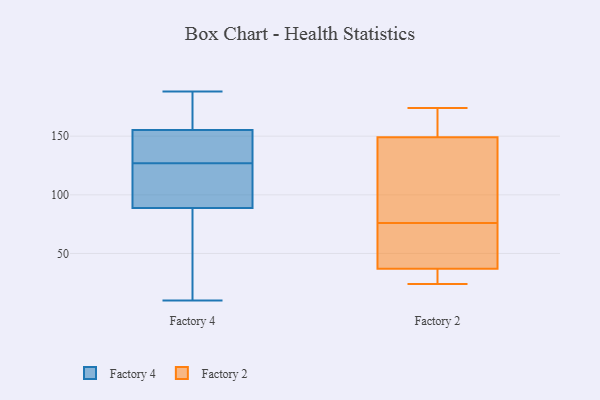
{"axis": {"x": "Production Output", "y": "Value"}, "legend": ["Factory 2", "Factory 4"], "data": [{"x": "", "y": 10, "type": "Factory 4"}, {"x": "", "y": 180, "type": "Factory 4"}, {"x": "", "y": 127, "type": "Factory 4"}, {"x": "", "y": 143, "type": "Factory 4"}, {"x": "", "y": 162, "type": "Factory 4"}, {"x": "", "y": 14, "type": "Factory 4"}, {"x": "", "y": 174, "type": "Factory 4"}, {"x": "", "y": 140, "type": "Factory 4"}, {"x": "", "y": 188, "type": "Factory 4"}, {"x": "", "y": 98, "type": "Factory 4"}, {"x": "", "y": 153, "type": "Factory 4"}, {"x": "", "y": 29, "type": "Factory 4"}, {"x": "", "y": 150, "type": "Factory 4"}, {"x": "", "y": 67, "type": "Factory 4"}, {"x": "", "y": 112, "type": "Factory 4"}, {"x": "", "y": 126, "type": "Factory 4"}, {"x": "", "y": 96, "type": "Factory 4"}, {"x": "", "y": 93, "type": "Factory 2"}, {"x": "", "y": 76, "type": "Factory 2"}, {"x": "", "y": 35, "type": "Factory 2"}, {"x": "", "y": 82, "type": "Factory 2"}, {"x": "", "y": 37, "type": "Factory 2"}, {"x": "", "y": 153, "type": "Factory 2"}, {"x": "", "y": 174, "type": "Factory 2"}, {"x": "", "y": 24, "type": "Factory 2"}, {"x": "", "y": 149, "type": "Factory 2"}, {"x": "", "y": 76, "type": "Factory 2"}, {"x": "", "y": 49, "type": "Factory 2"}, {"x": "", "y": 36, "type": "Factory 2"}, {"x": "", "y": 169, "type": "Factory 2"}, {"x": "", "y": 71, "type": "Factory 2"}]}